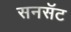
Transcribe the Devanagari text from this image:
सनसॅट